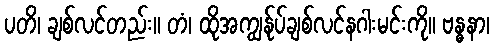
ပတိ၊ ချစ်လင်တည်း။ တံ၊ ထိုအကျွန်ုပ်ချစ်လင်နဂါးမင်းကို။ ဗန္ဓနာ၊